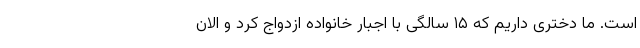
است. ما دختری داریم که ۱۵ سالگی با اجبار خانواده ازدواج کرد و الان